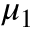
\mu _ { 1 }